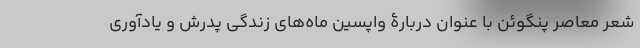
شعر معاصر پنگوئن با عنوان دربارۀ واپسین ماه‌های زندگی پدرش و یادآوری